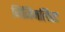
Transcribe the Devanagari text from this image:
मिनिमलिस्ट